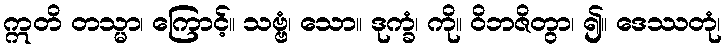
ဣတိ တသ္မာ၊ ကြောင့်။ သဗ္ဗံ၊ သော။ ဒုက္ခံ၊ ကို။ ဝိဘဇိတွာ၊ ၍။ ဒေဿတုံ၊